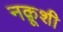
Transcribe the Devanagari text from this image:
नक़ूशी